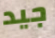
جيد